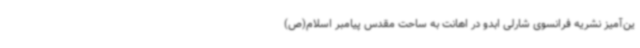
ین‌آمیز نشریه فرانسوی شارلی ابدو در اهانت به ساحت مقدس پیامبر اسلام(ص)